NAE_Eesti_seltside_protokollid_1900-1917, lk 80
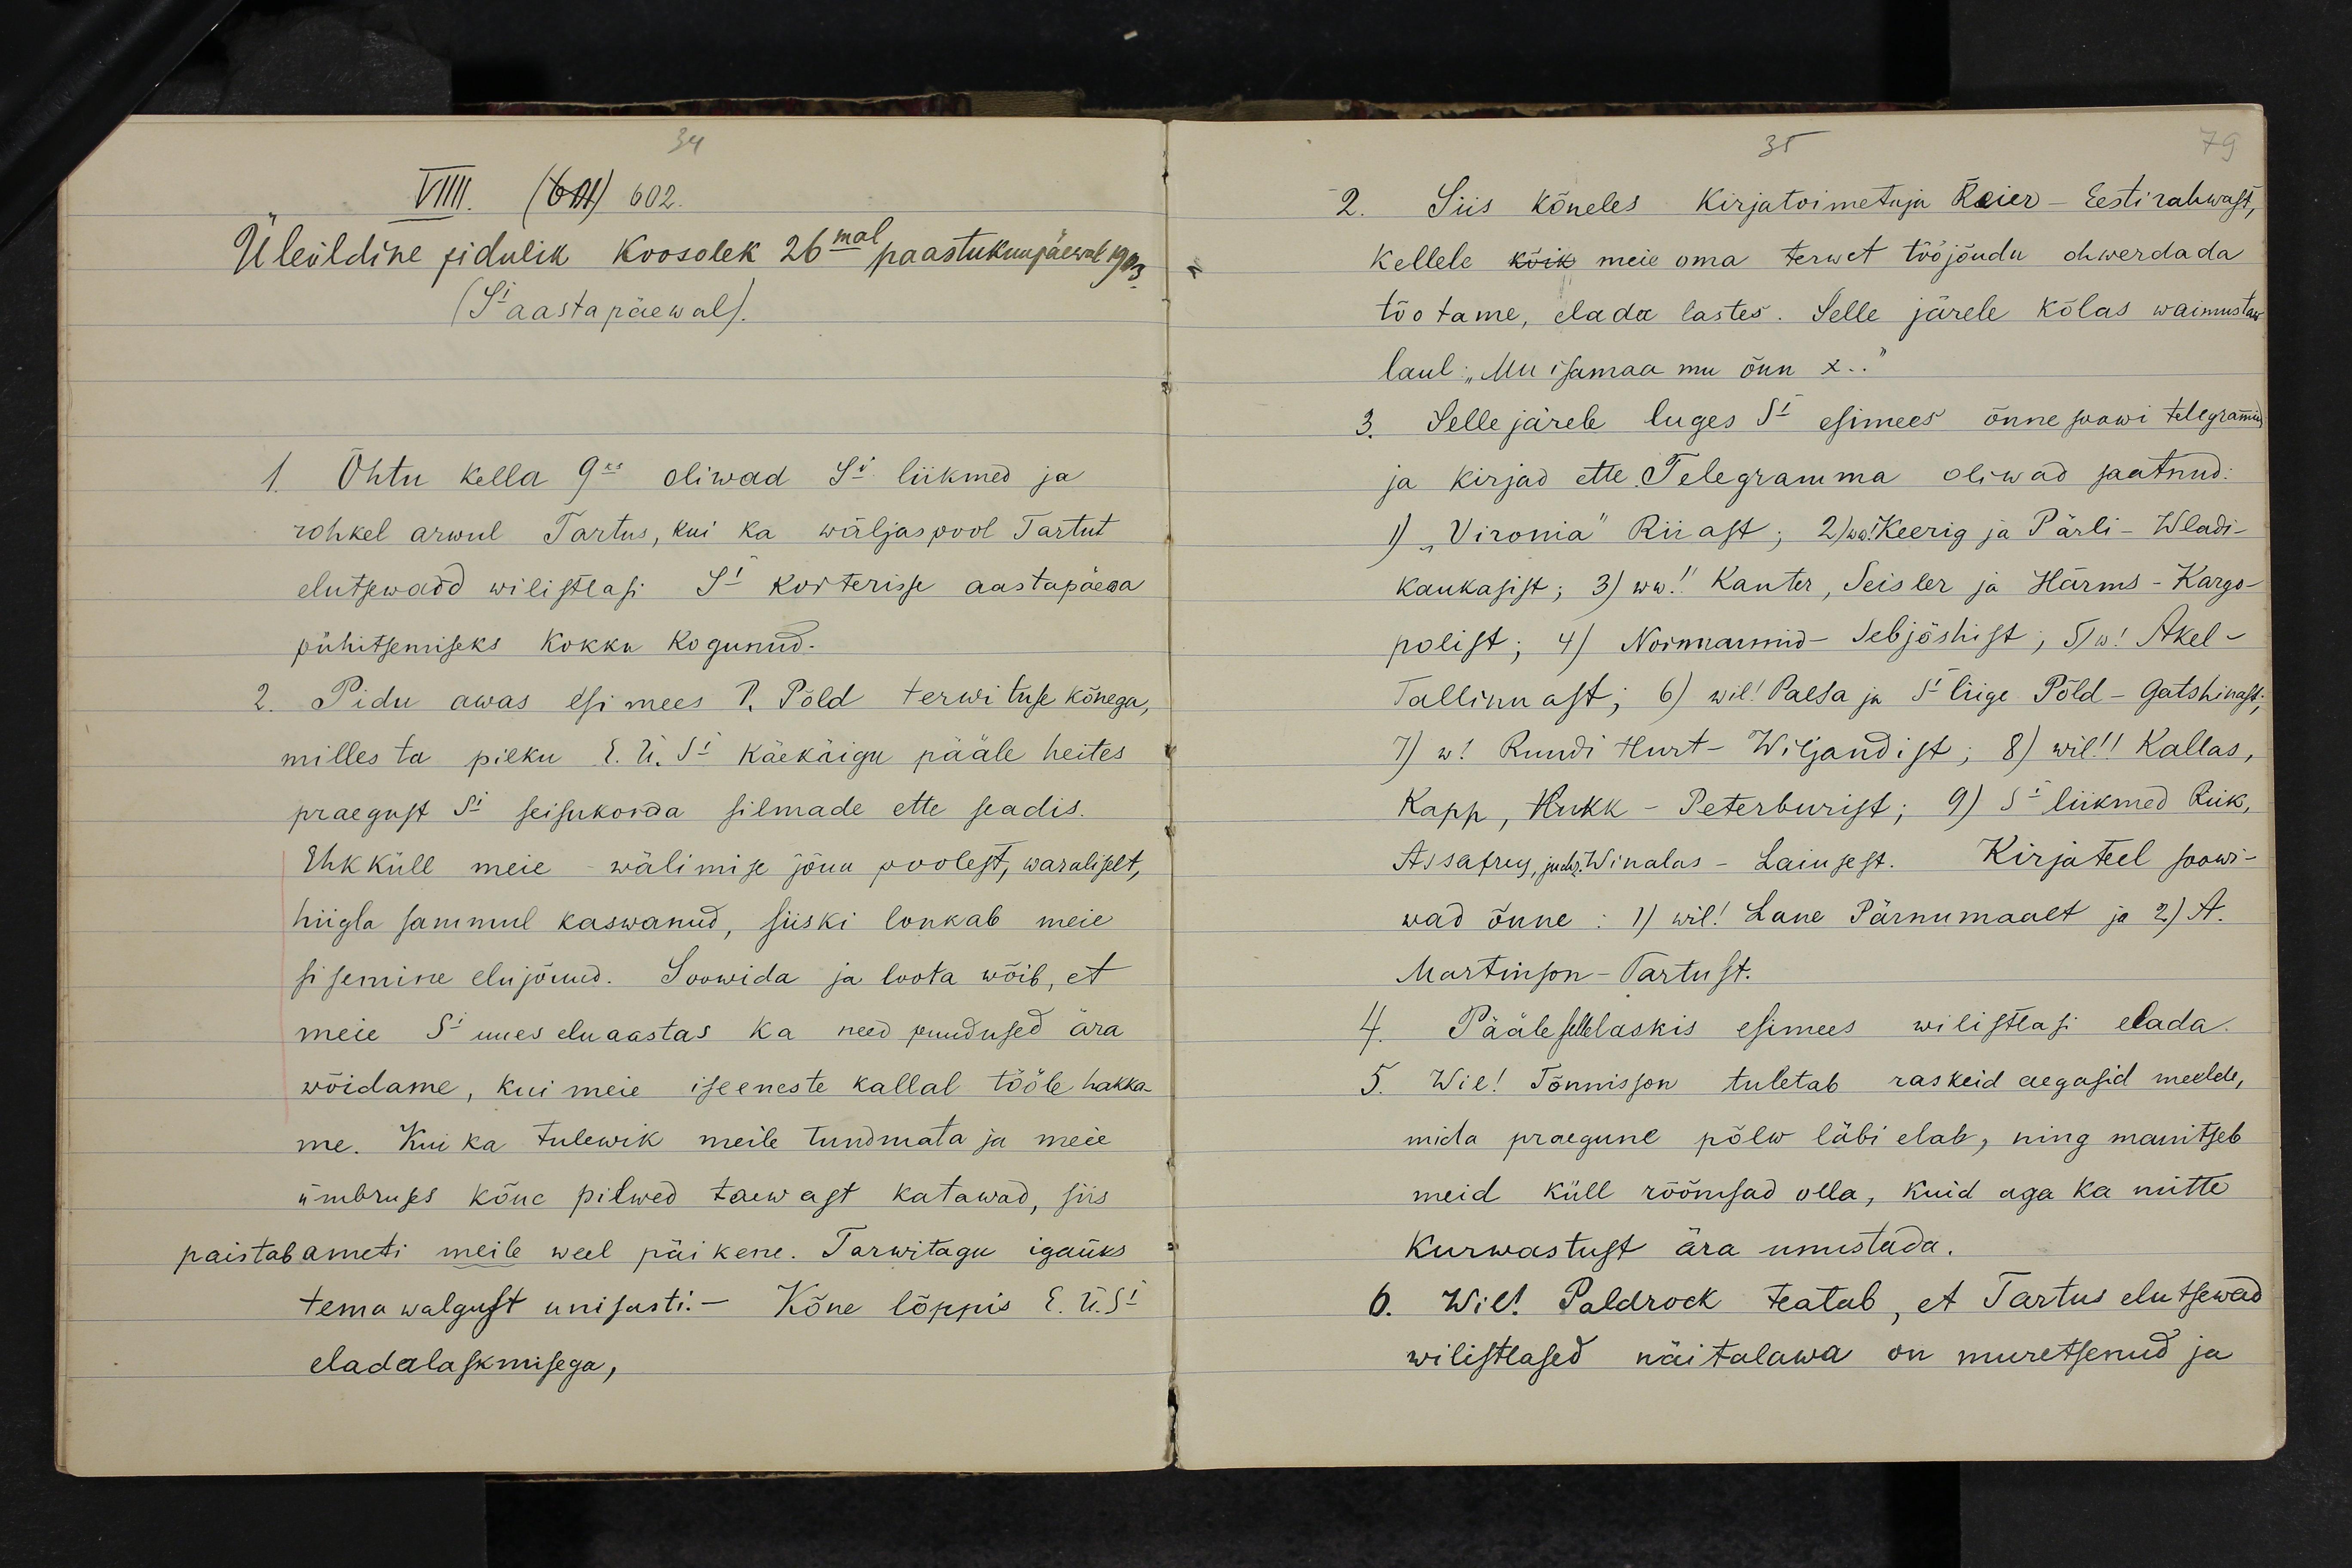
VIII. (601) 602.
Üleüldine pidulik koosolek 26mal paastukuupäewal 1903.
(Si aastapäewal).
Õhtu kella 9ks oliwad Si liikmed ja
rohkel arwul Tartus, kui ka wäljaspool Tartut
elutsewaid wilistlasi Si korterisse aastapäewa
pühitsemiseks kokku kogunud.
Pidu awas esi mees P. Põld terwituse kõnega,
milles ta pilku E. Ü. Si käekäigu pääle heites
praegust Si seisukorda silmade ette seadis.
Ehk küll meie wälimise jõuu poolest, waraliselt,
hiigla sammul kaswanud, siiski lonkab meie
sisemine elujõuud. Soowida ja loota wõib, et
meie Si uues eluaastas ka need puudused ära-
wõidame, kui meie ise eneste kallal tööle hakka-
me. Kui ka tulewik meile tundmata ja meie
ümbruses kõne pilwed taewast katawad, siis
paistab ometi meile weel päikene. Tarwitagu igaüks
tema walgust unisasti.- Kõne lõppis E.Ü.Si
eladalaskmisega,

Siis kõneles kirjatoimetaja Reier - Eesti rahwast,
Kellele kõik meie oma terwet tööjõudu ohwerdada
tõotame, elada lastes. Selle järele kõlas waimustaw
laul: Mu isamaa mu õnn x.."
3. Selle järele luges Si esimees õnnesoowi telegrammid
ja kirjad ette Telegramma oliwad saatnud.
1) "Vironia" Riiast; 2) ww! Keerig ja Pärli - Wladi-
kaukasist; 3) ww! Kanter, Seisler ja Härms - Kargo-
polist; 4) Normannid- Sebjõshist; 5) w! Akel -
Tallinnast; 6) wil! Paesa ja Si liige Põld - Gatshinast;
7) w! Ruudi Hurt - Wiljandist; 8) wil!! Kallas,
Kapp, Kukk - Peterburist; 9) Si liikmed Reik,
Assafrey, juchr. Winalas - Laiusest. Kirjateel soowi-
wad õnne: 1) wil! Lane Pärnumaalt ja 2) A.
Martinson - Tartust.
Pääle selle laskis esimees wilistlasi elada.
5. Wil! Tõnnisson tuletab raskeid aegasid meelde,
mida praegune põlw läbi elab, ning manitseb
meid küll rõõmsad olla, kuid aga ka mitte
kurwastust ära unustada.
6. Wil! Paldrock teatab, et Tartus elutsewad
wilistlased näitalawa on muretsenud ja